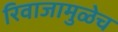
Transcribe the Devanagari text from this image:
रिवाजामुळेच